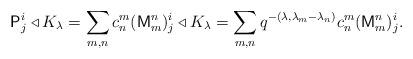
LaTeX: \begin{align*}\mathsf{P}^i_j \triangleleft K_\lambda = \sum_{m, n} c^m_n (\mathsf{M}^n_m)^i_j \triangleleft K_\lambda = \sum_{m, n} q^{-(\lambda, \lambda_m - \lambda_n)} c^m_n (\mathsf{M}^n_m)^i_j.\end{align*}